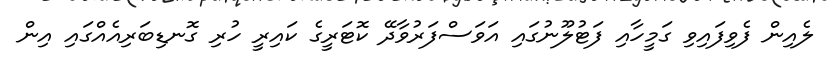
ލެއިން ފެވިފައިވި ގަމީހާއި ފަޓުލޫނުގައި އަވަސްފަރުވާދޭ ކޮޓަރީގެ ކައިރީ ހުރި ގޮނޑިބަރިއެއްގައި އިން